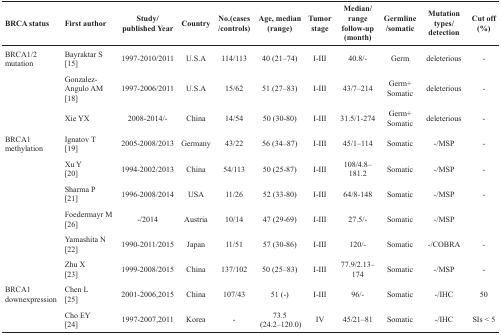
<table><thead><tr><td><b>BRCA status</b></td><td><b>First author</b></td><td><b>Study/published Year</b></td><td><b>Country</b></td><td><b>No.(cases/controls)</b></td><td><b>Age, median (range)</b></td><td><b>Tumor stage</b></td><td><b>Median/range follow-up (month)</b></td><td><b>Germline/somatic</b></td><td><b>Mutation types/detection</b></td><td><b>Cut off (%)</b></td></tr></thead><tbody><tr><td>BRCA1/2 mutation</td><td>Bayraktar S [15]</td><td>1997-2010/2011</td><td>U.S.A</td><td>114/113</td><td>40 (21–74)</td><td>I-III</td><td>40.8/−</td><td>Germ</td><td>deleterious</td><td>-</td></tr><tr><td></td><td>Gonzalez-Angulo AM[18]</td><td>1997-2006/2011</td><td>U.S.A</td><td>15/62</td><td>51 (27–83)</td><td>I-III</td><td>43/7–214</td><td>Germ+Somatic</td><td>deleterious</td><td>-</td></tr><tr><td></td><td>Xie YX</td><td>2008-2014/−</td><td>China</td><td>14/54</td><td>50 (30-80)</td><td>I-III</td><td>31.5/1-274</td><td>Germ+Somatic</td><td>deleterious</td><td>-</td></tr><tr><td>BRCA1 methylation</td><td>Ignatov T [19]</td><td>2005-2008/2013</td><td>Germany</td><td>43/22</td><td>56 (34–87)</td><td>I-III</td><td>45/1–114</td><td>Somatic</td><td>-/MSP</td><td>-</td></tr><tr><td></td><td>Xu Y [20]</td><td>1994-2002/2013</td><td>China</td><td>54/113</td><td>50 (25-87)</td><td>I-III</td><td>108/4.8–181.2</td><td>Somatic</td><td>-/MSP</td><td>-</td></tr><tr><td></td><td>Sharma P [21]</td><td>1996-2008/2014</td><td>USA</td><td>11/26</td><td>52 (33-80)</td><td>I-III</td><td>64/8-148</td><td>Somatic</td><td>-/MSP</td><td>-</td></tr><tr><td></td><td>Foedermayr M [26]</td><td>-/2014</td><td>Austria</td><td>10/14</td><td>47 (29-69)</td><td>I-III</td><td>27.5/−</td><td>Somatic</td><td>-/MSP</td><td></td></tr><tr><td></td><td>Yamashita N [22]</td><td>1990-2011/2015</td><td>Japan</td><td>11/51</td><td>57 (30-86)</td><td>I-III</td><td>120/−</td><td>Somatic</td><td>-/COBRA</td><td>-</td></tr><tr><td></td><td>Zhu X [23]</td><td>1999-2008/2015</td><td>China</td><td>137/102</td><td>50 (25–83)</td><td>I-III</td><td>77.9/2.13–174</td><td>Somatic</td><td>-/MSP</td><td>-</td></tr><tr><td>BRCA1 downexpression</td><td>Chen L [25]</td><td>2001-2006,2015</td><td>China</td><td>107/43</td><td>51 (−)</td><td>I-III</td><td>96/−</td><td>Somatic</td><td>-/IHC</td><td>50</td></tr><tr><td></td><td>Cho EY [24]</td><td>1997-2007,2011</td><td>Korea</td><td>-</td><td>73.5 (24.2–120.0)</td><td>IV</td><td>45/21–81</td><td>Somatic</td><td>-/IHC</td><td>SIs &lt; 5</td></tr></tbody></table>